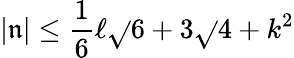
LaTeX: \left|\mathfrak{n}\right|\leq\frac{{1}}{{6}}\ell\sqrt{}{{6+3\sqrt{}{{4+k^{2}}}}}